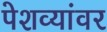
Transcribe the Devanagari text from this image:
पेशव्यांवर